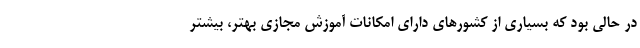
در حالی بود که بسیاری از کشورهای دارای امکانات آموزش مجازی بهتر، بیشتر